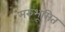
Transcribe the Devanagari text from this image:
मरुभूमित